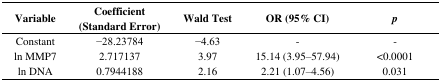
| Variable | Coefficient (Standard Error) | Wald Test | OR (95% CI) | p |
 | --- | --- | --- | --- | --- |
 | Constant | −28.23784 | −4.63 | - | - |
 | ln MMP7 | 2.717137 | 3.97 | 15.14 (3.95–57.94) | <0.0001 |
 | ln DNA | 0.7944188 | 2.16 | 2.21 (1.07–4.56) | 0.031 |